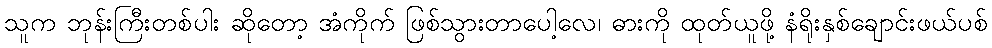
သူက ဘုန်းကြီးတစ်ပါး ဆိုတော့ အံကိုက် ဖြစ်သွားတာပေါ့လေ၊ ဓားကို ထုတ်ယူဖို့ နံရိုးနှစ်ချောင်းဖယ်ပစ်